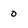
Character: 0